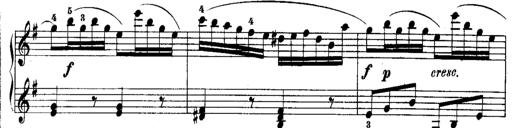
Title: Rondos and Sonatinas for Pianoforte
Composer: Daniel Steibelt